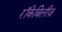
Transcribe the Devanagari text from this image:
रॉकेबिलीज़